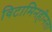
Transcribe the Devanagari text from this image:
विटामिनहीनता